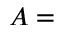
A =